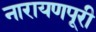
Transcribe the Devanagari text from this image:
नारायणपूरी